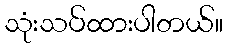
သုံးသပ်ထားပါတယ်။